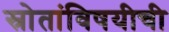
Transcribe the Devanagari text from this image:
स्रोतांविषयीची